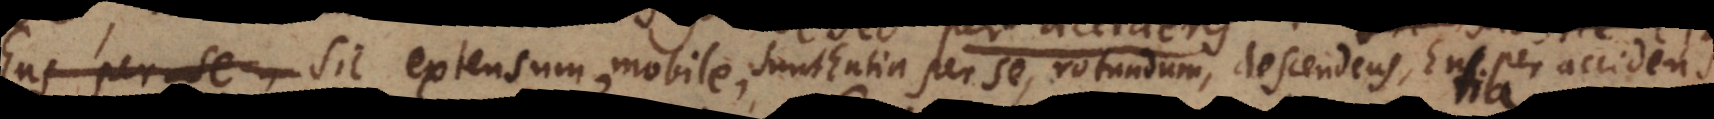
Ens per se, Sic extensum, mobile, sunt Entia per se, rotundum, descendens, Entia per accidens.